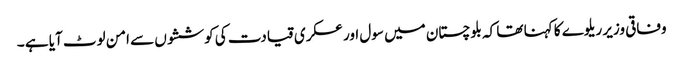
وفاقی وزیر ریلوے کا کہنا تھا کہ بلوچستان میں سول اور عسکری قیادت کی کوششوں سے امن لوٹ آیا ہے ۔